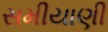
સમીયાણી